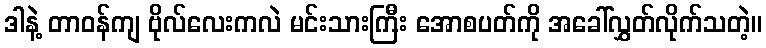
ဒါနဲ့ တာဝန်ကျ ဗိုလ်လေးကလဲ မင်းသားကြီး အောစပတ်ကို အခေါ်လွှတ်လိုက်သတဲ့။